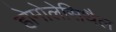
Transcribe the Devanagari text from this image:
होमोलेसिथैल